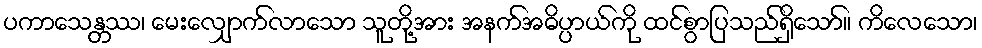
ပကာသေန္တဿ၊ မေးလျှောက်လာသော သူတို့အား အနက်အဓိပ္ပာယ်ကို ထင်စွာပြသည်ရှိသော်။ ကိလေသော၊